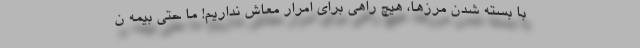
با بسته شدن مرزها، هیچ راهی برای امرار معاش نداریم! ما حتی بیمه ن